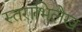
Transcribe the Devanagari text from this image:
स्तराभिलेख